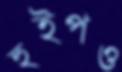
হুইপও